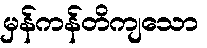
မှန်ကန်တိကျသော